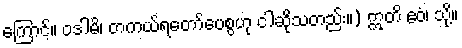
ကြောင့်။ ဝဒါမိ၊ တကယ်ရတော်ပေစွဟု ငါဆိုသတည်း။) ဣတိ ဧဝံ၊ သို့။